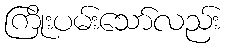
ကြိုးပမ်းသော်လည်း